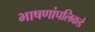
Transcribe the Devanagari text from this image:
भाषणांपलिकडे